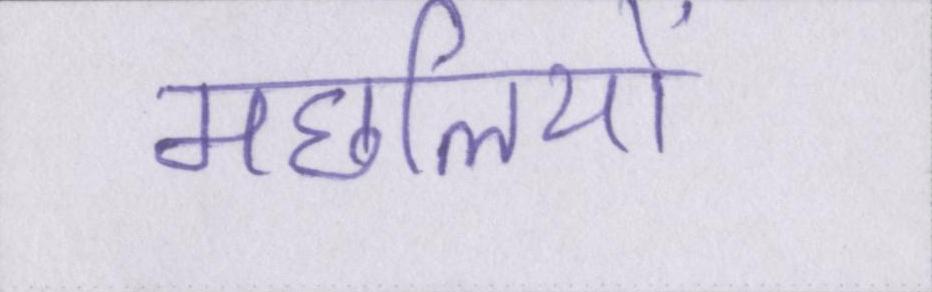
मछलियों